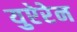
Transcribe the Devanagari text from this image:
युऐरेन